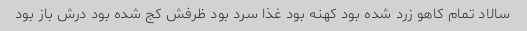
سالاد تمام کاهو زرد شده بود کهنه بود غذا سرد بود ظرفش کج شده بود درش باز بود